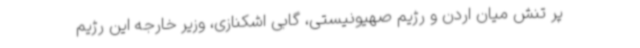
پر تنش میان اردن و رژیم صهیونیستی، گابی اشکنازی، وزیر خارجه این رژیم